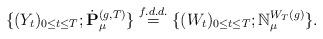
LaTeX: \begin{align*} \{(Y_t)_{0\leq t\leq T}; \dot{\mathbf P}^{(g,T)}_\mu\} \overset{f.d.d.}{=} \{(W_t)_{0\leq t\leq T}; \mathbb N_\mu^{W_T(g)}\}. \end{align*}